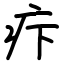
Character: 疜